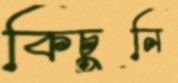
কিচুনি